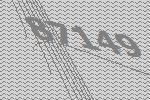
87149